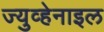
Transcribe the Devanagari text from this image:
ज्युव्हेनाइल